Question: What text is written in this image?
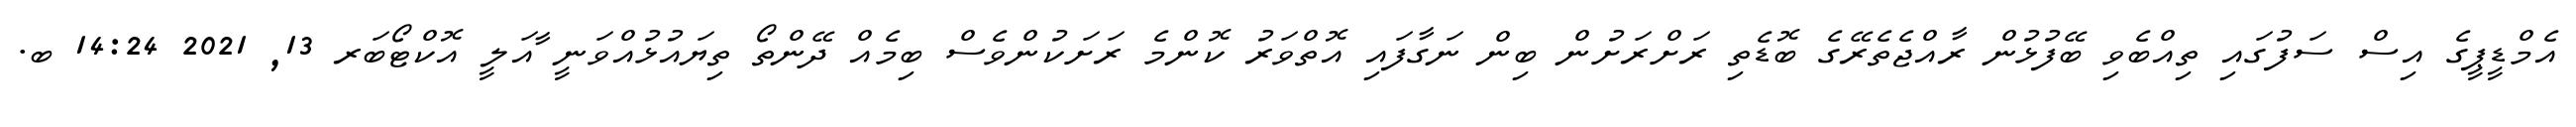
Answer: އެމްޑީޕީގެ އިސް ސަފުގައި ތިއްބެވި ބޭފުޅުން ރާއްޖެތެރޭގެ ބޮޑެތި ރަށްރަށުން ބިން ނަގާފައި އޮތްވަރު ކޮންމެ ރަށަކުންވެސް ބިމެއް ދޭންތޯ ތިޔައުޅުއްވަނީ ާއަލީ އޮކްޓޯބަރ 13, 2021 14:24 ބ.